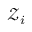
\mathcal { Z } _ { i }